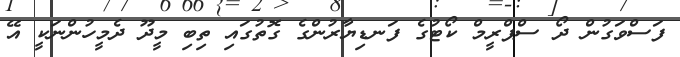
ފަސްވަގުން ދޯ ސްޕްރީމް ކޯޓުގެ ފަނޑިޔާރުންގެ ގޮތުގައި ތިބި މީދޫ ދެމީހުންނަކީ އޭ